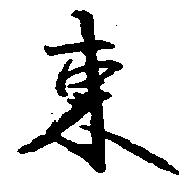
東